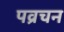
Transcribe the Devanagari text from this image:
पव्रचन